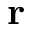
{ \bf r }